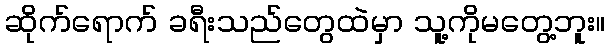
ဆိုက်ရောက် ခရီးသည်တွေထဲမှာ သူ့ကိုမတွေ့ဘူး။